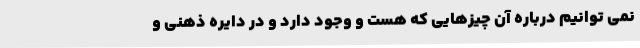
نمی توانیم درباره آن چیزهایی که هست و وجود دارد و در دایره ذهنی و